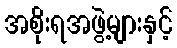
အစိုးရအဖွဲ့များနှင့်